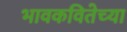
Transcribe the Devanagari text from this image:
भावकवितेच्या